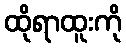
ထိုရာထူးကို